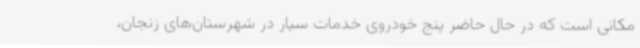
مکانی است که در حال حاضر پنج خودروی خدمات سیار در شهرستان‌های زنجان،